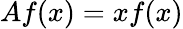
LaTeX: Af(x)=xf(x)